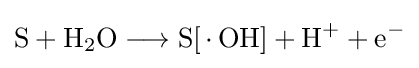
{\mathrm {S} {}+{}\mathrm {H} {\vphantom {A}}_{\smash[{t}]{2}}\mathrm {O} {}\mathrel {\longrightarrow } {}\mathrm {S} [\,{\cdot }\,\mathrm {OH} ]{}+{}\mathrm {H} {\vphantom {A}}^{+}{}+{}\mathrm {e} {\vphantom {A}}^{-}}